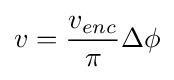
v={\frac {v_{enc}}{\pi }}\Delta \phi